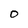
Character: 0